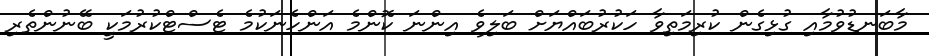
މާބަނޑުވުމާއި ގުޅިގެން ކުރިމަތިވާ ހަކުރުބައްޔަށް ބަލިވެ އިންނަ ކޮންމެ އަންހެނަކުމެ ޓެސްޓްކުރުމަކީ ބޭނުންތެރި